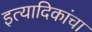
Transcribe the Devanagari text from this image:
इत्यादिकांचा